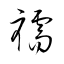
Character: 襦